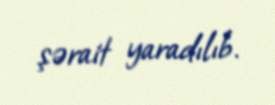
şərait yaradılıb.